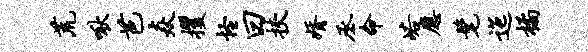
荒啾芭焱攫怪曰挟婿丞命峪应髦迤橘